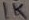
Text: 1K